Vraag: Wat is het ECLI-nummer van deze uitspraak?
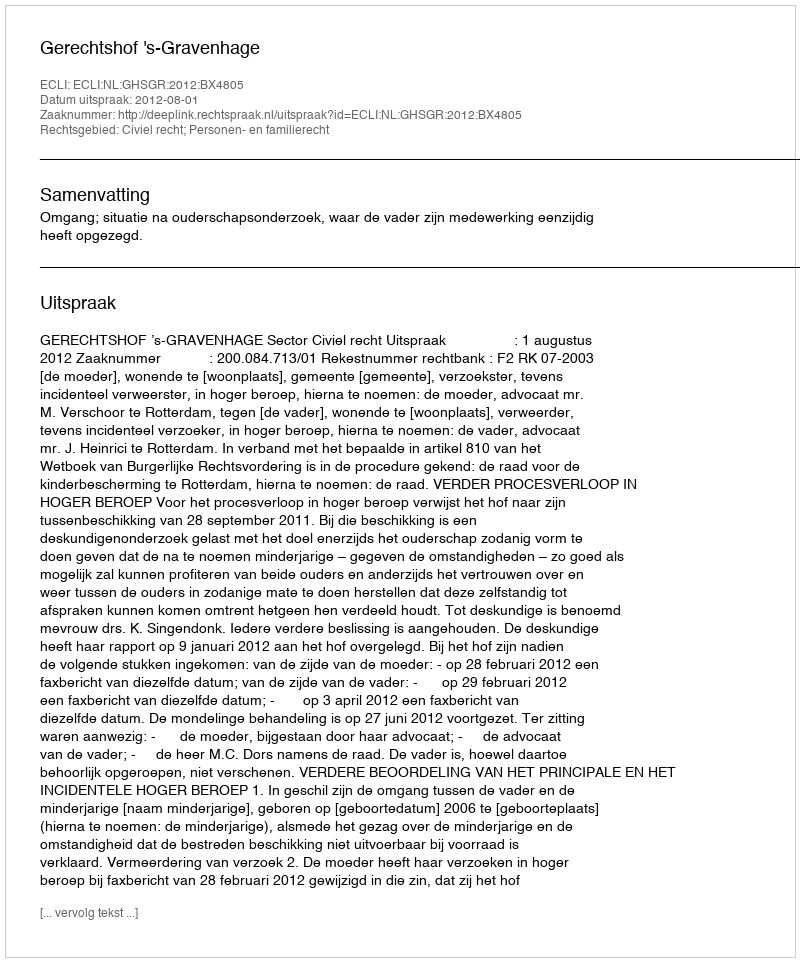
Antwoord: ECLI:NL:GHSGR:2012:BX4805